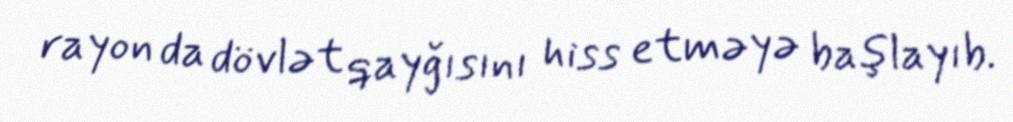
rayon da dövlət qayğısını hiss etməyə başlayıb.